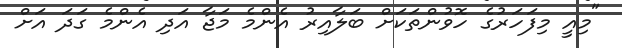
"މިއީ މިފަހަރުގެ ހޮވުންތަކަށް ބަލާއިރު އެންމެ މަޖާ އަދި އެންމެ ގަދަ އަށް